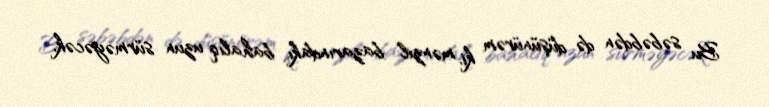
Bu səbəbdən də düşünürəm ki, mənzil bazarındakı bahalıq uzun sürməyəcək,